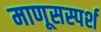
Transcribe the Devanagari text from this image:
माणूसस्पर्श